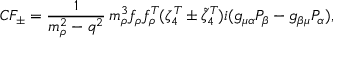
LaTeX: C F _ { \pm } = \frac { 1 } { m _ { \rho } ^ { 2 } - q ^ { 2 } } \, m _ { \rho } ^ { 3 } f _ { \rho } f _ { \rho } ^ { T } ( \zeta _ { 4 } ^ { T } \pm \widetilde { \zeta } _ { 4 } ^ { T } ) i ( g _ { \mu \alpha } P _ { \beta } - g _ { \beta \mu } P _ { \alpha } ) ,